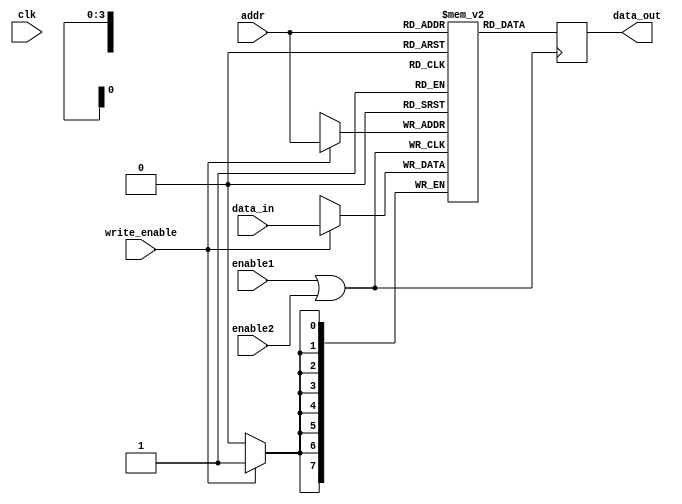
module clock_gated_memory (
    input wire clk,              // System clock
    input wire enable1,         // Enable signal 1
    input wire enable2,         // Enable signal 2
    input wire [7:0] data_in,   // Data input for the memory block
    input wire [3:0] addr,      // Address input for the memory block
    input wire write_enable,     // Write enable signal
    output reg [7:0] data_out    // Data output from the memory block
);

    // Memory block (e.g., 16 x 8-bit register array)
    reg [7:0] memory [0:15];

    // Gated clock signal
    wire gated_clk;

    // OR gate to combine enable signals
    assign gated_clk = enable1 | enable2;

    // Sequential logic for memory block
    always @(posedge gated_clk) begin
        if (write_enable) begin
            memory[addr] <= data_in; // Write data to memory
        end
        data_out <= memory[addr]; // Read data from memory
    end

endmodule